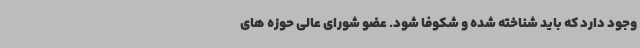
وجود دارد که باید شناخته شده و شکوفا شود. عضو شورای عالی حوزه های